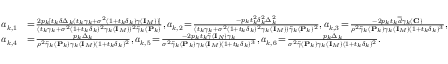
\small \begin{array} { r l } { a _ { k , 1 } } & { \! = \! \frac { 2 p _ { k } [ t _ { k } \delta \Delta _ { k } ( t _ { k } \gamma _ { k } + \sigma ^ { 2 } ( 1 + t _ { k } \delta _ { k } ) \gamma ( { \mathbf { I } } _ { M } ) ) ] } { ( t _ { k } \gamma _ { k } + \sigma ^ { 2 } ( 1 + t _ { k } \delta _ { k } ) ^ { 2 } \gamma _ { k } ( { \mathbf { I } } _ { M } ) ) ^ { 2 } \widetilde { \gamma } _ { k } ( { \mathbf { P } } _ { k } ) } , a _ { k , 2 } \! = \! \frac { - p _ { k } t _ { k } ^ { 2 } \delta _ { k } ^ { 2 } \Delta _ { k } ^ { 2 } } { ( t _ { k } \gamma _ { k } + \sigma ^ { 2 } ( 1 + t _ { k } \delta _ { k } ) ^ { 2 } \gamma _ { k } ( { \mathbf { I } } _ { M } ) ) \widetilde { \gamma } _ { k } ( { \mathbf { P } } _ { k } ) ^ { 2 } } , a _ { k , 3 } \! = \! \frac { - 2 p _ { k } t _ { k } \overline { { d } } \gamma _ { k } ( { \mathbf { C } } ) } { \rho ^ { 2 } \widetilde { \gamma } _ { k } ( { \mathbf { P } } _ { k } ) \gamma _ { k } ( { \mathbf { I } } _ { M } ) ( 1 + t _ { k } \delta _ { k } ) ^ { 3 } } , } \\ { a _ { k , 4 } } & { \! = \! \frac { p _ { k } \Delta _ { k } } { \rho ^ { 2 } \widetilde { \gamma } _ { k } ( { \mathbf { P } } _ { k } ) \gamma _ { k } ( { \mathbf { I } } _ { M } ) ( 1 + t _ { k } \delta _ { k } ) ^ { 2 } } , a _ { k , 5 } \! = \! \frac { - 2 p _ { k } t _ { k } \widetilde { \gamma } ( { \mathbf { I } } _ { N } ) \gamma _ { k } } { \sigma ^ { 2 } \widetilde { \gamma } _ { k } ( { \mathbf { P } } _ { k } ) \gamma _ { k } ( { \mathbf { I } } _ { M } ) ( 1 + t _ { k } \delta _ { k } ) ^ { 3 } } , a _ { k , 6 } \! = \! \frac { p _ { k } \Delta _ { k } } { \sigma ^ { 2 } \widetilde { \gamma } ( { \mathbf { P } } _ { k } ) \gamma _ { k } ( { \mathbf { I } } _ { M } ) ( 1 + t _ { k } \delta _ { k } ) ^ { 2 } } . } \end{array}